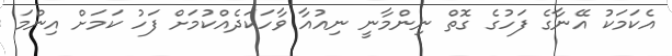
އެކަމަކު އޭނާގެ ފަހުގެ ގޮތް ނިންމާނީ ނިއުއާ ވާހަކަދެއްކުމަށް ފަހު ކަމަށް އިންމަ